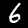
Label: 6